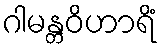
ဂါမန္တဝိဟာရိံ